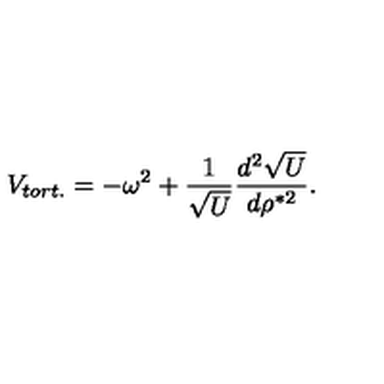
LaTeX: V _ { t o r t . } = - \omega ^ { 2 } + \frac { 1 } { \sqrt U } \frac { d ^ { 2 } \sqrt U } { d \rho ^ { * 2 } } .